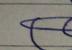
Signature authenticity: forged